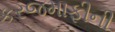
કરજમાફીની